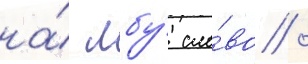
на́ лбу́ сло́во /